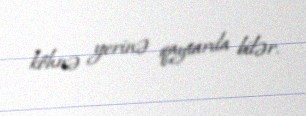
köhnə yerinə qaytarıla bilər.